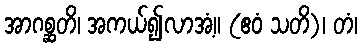
အာဂစ္ဆတိ၊ အကယ်၍လာအံ့။ (ဧဝံ သတိ)၊ တံ၊